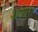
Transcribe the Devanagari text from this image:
शक्य्ता